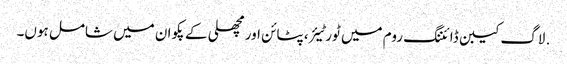
. لاگ کیبن ڈائننگ روم میں ٹورٹیئر ، پٹائن اور مچھلی کے پکوان میں شامل ہوں۔